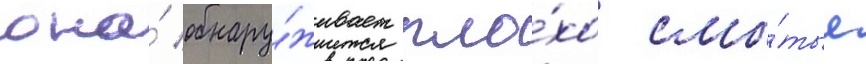
она́ обнару́живает пло́хо смы́тые